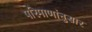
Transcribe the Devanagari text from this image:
परिमाणांनुसार